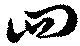
四